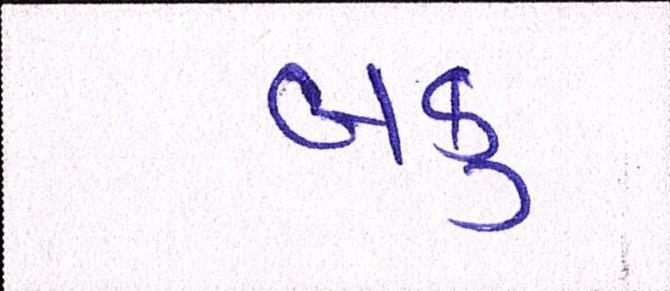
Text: બકુ